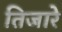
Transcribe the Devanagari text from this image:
तिजारे